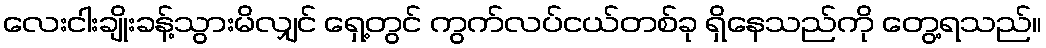
လေးငါးချိုးခန့်သွားမိလျှင် ရှေ့တွင် ကွက်လပ်ငယ်တစ်ခု ရှိနေသည်ကို တွေ့ရသည်။